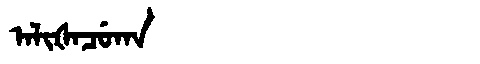
Manchu: ᠠᠯᡳᡧᠠᠴᡠᡴᠠ
Romanization: ALIŠACUKA